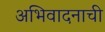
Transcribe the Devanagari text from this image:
अभिवादनाची